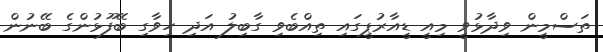
ތަސްމީން ވިދާޅުވީ މިއީ ޑީއާރުޕީގައި ތިއްބެވި ގާބިލު އަދި ހިވާގި ބޭފޫޅުންގެ ބޭނުން